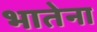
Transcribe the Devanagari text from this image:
भातेना